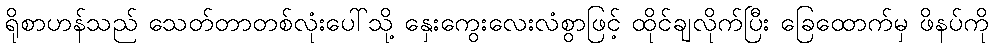
ရိုစာဟန်သည် သေတ်တာတစ်လုံးပေါ်သို့ နှေးကွေးလေးလံစွာဖြင့် ထိုင်ချလိုက်ပြီး ခြေထောက်မှ ဖိနပ်ကို